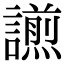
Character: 𧬫